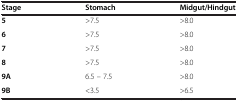
<table><thead><tr><td><b>Stage</b></td><td><b>Stomach</b></td><td><b>Midgut/Hindgut</b></td></tr></thead><tbody><tr><td><b>5</b></td><td>&gt;7.5</td><td>&gt;8.0</td></tr><tr><td><b>6</b></td><td>&gt;7.5</td><td>&gt;8.0</td></tr><tr><td><b>7</b></td><td>&gt;7.5</td><td>&gt;8.0</td></tr><tr><td><b>8</b></td><td>&gt;7.5</td><td>&gt;8.0</td></tr><tr><td><b>9A</b></td><td>6.5 – 7.5</td><td>&gt;8.0</td></tr><tr><td><b>9B</b></td><td>&lt;3.5</td><td>&gt;6.5</td></tr></tbody></table>